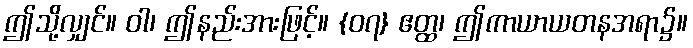
ဤသို့လျှင်။ ဝါ၊ ဤနည်းအားဖြင့်။ {၀၇} ဧတ္ထ၊ ဤကာယာယတနအရာ၌။